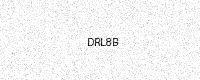
Text: DRL8B